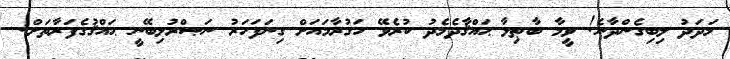
މަދަދު ލިބިގެންދާނެ! ވީމާ ބާޠިލާ ޙައްޤާދެމެދު ކުރެވޭ ހަގުރާމައަށް ގިނަފަހަރު ނަޞްރުލިބޭނީ ޙައްޤުގެފަރާތަށް!